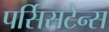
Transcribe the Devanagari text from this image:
पर्सिसटेन्स